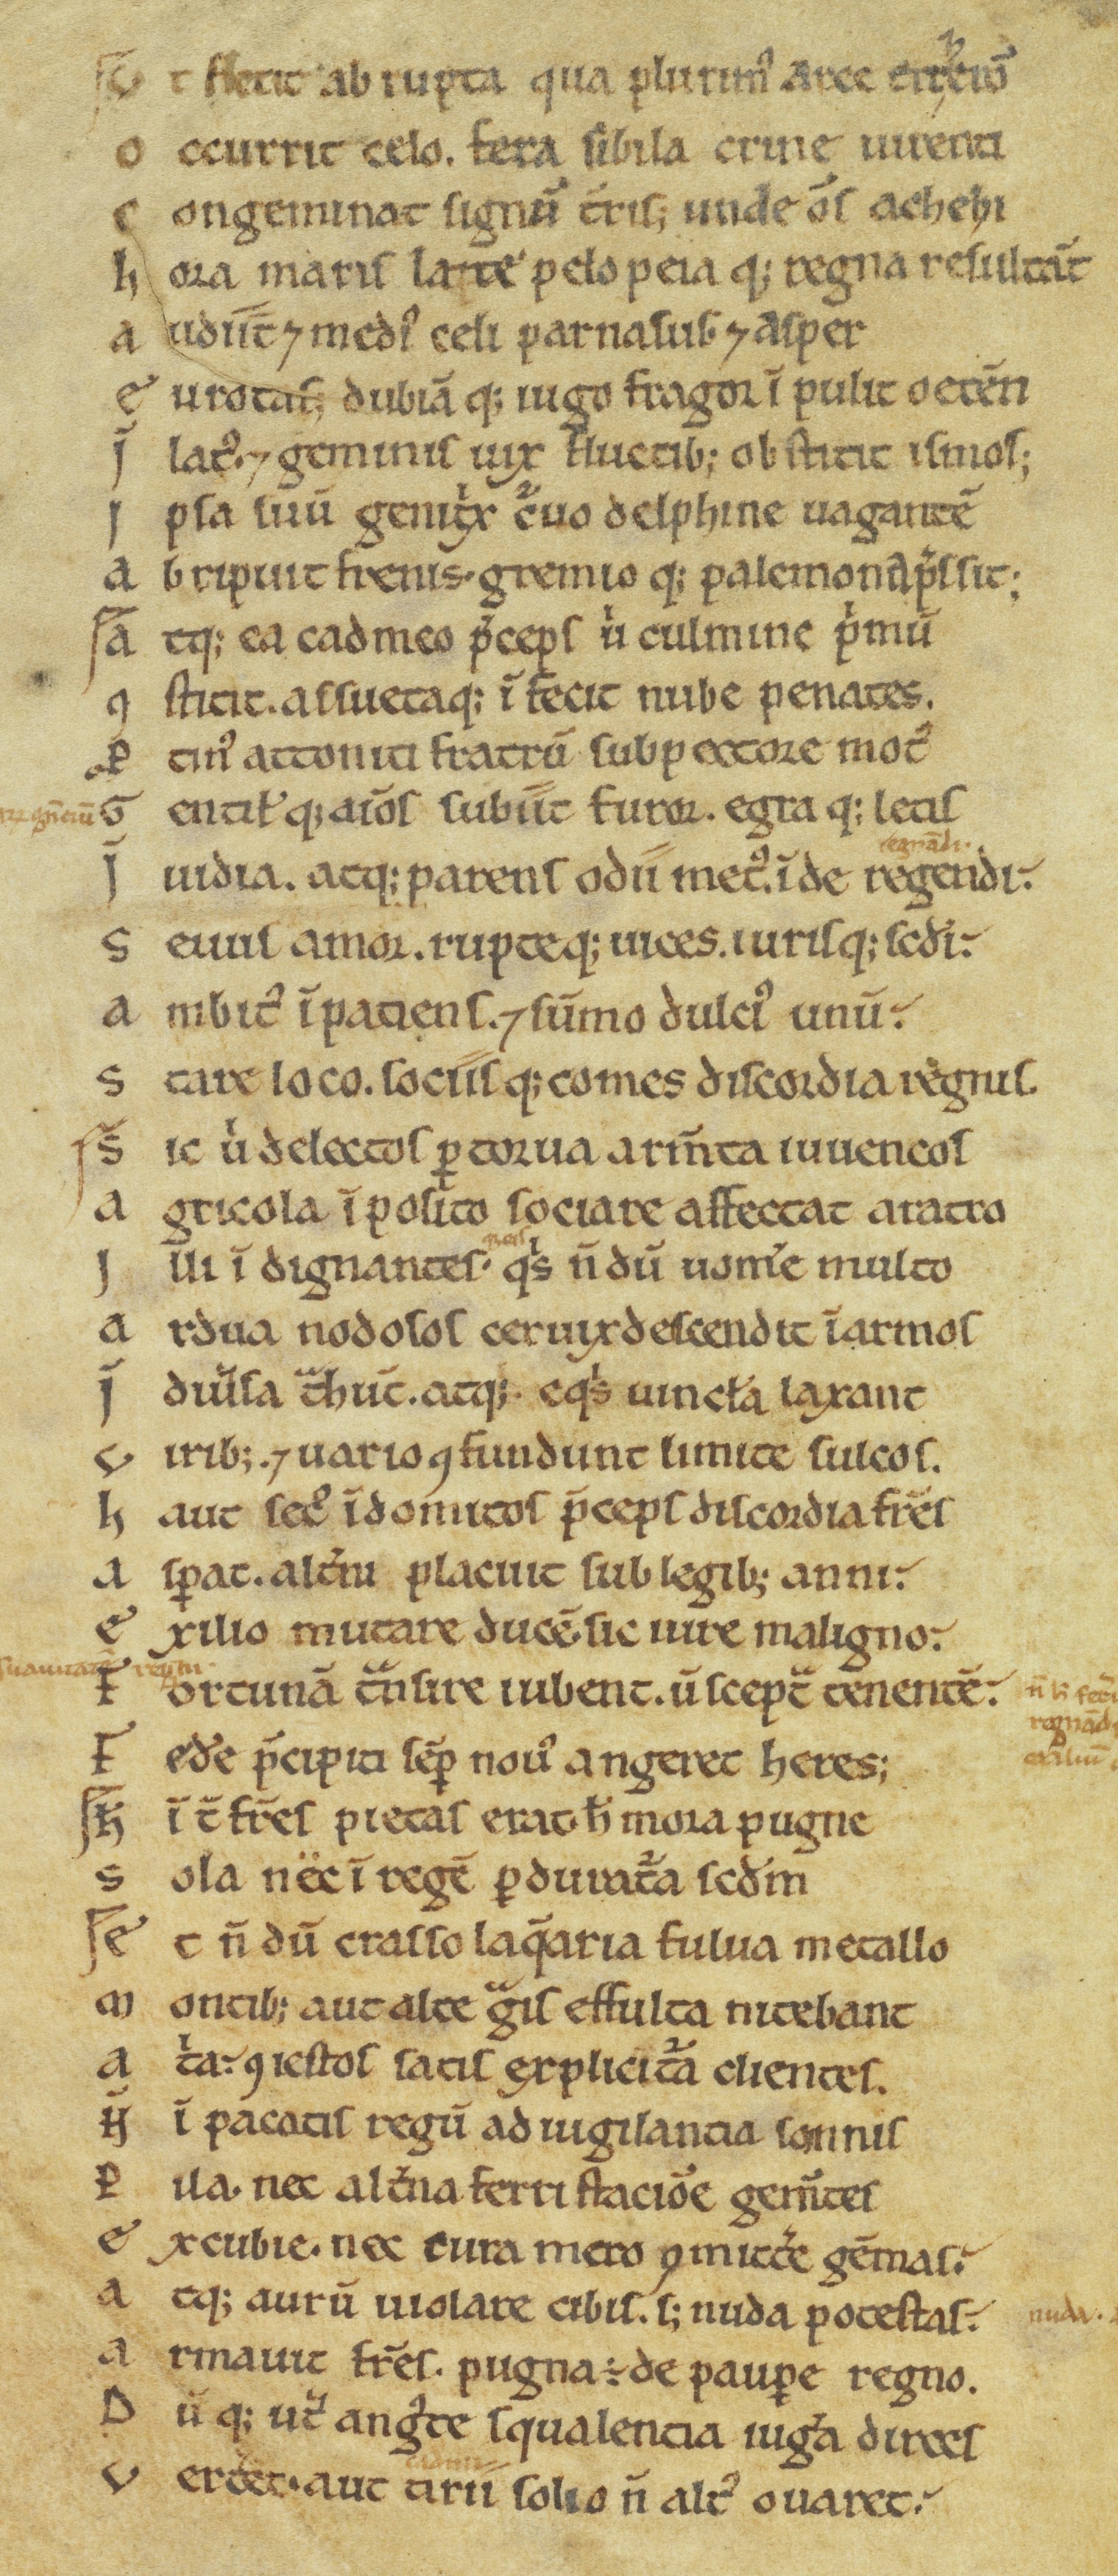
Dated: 1100–1199